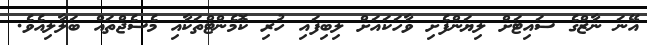
އޭނަ ނާޒްގެ ސައިޓަށް ލިޔަންފެށި ވާހަކައަށް ލިބިފައި ހުރި ކޮމެންޓްތަކާއި މެސެޖްތައް ބަލާލިއެވެ.